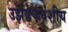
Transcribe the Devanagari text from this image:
उझबेकवंशीय